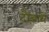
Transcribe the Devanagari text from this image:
दौड़ायें